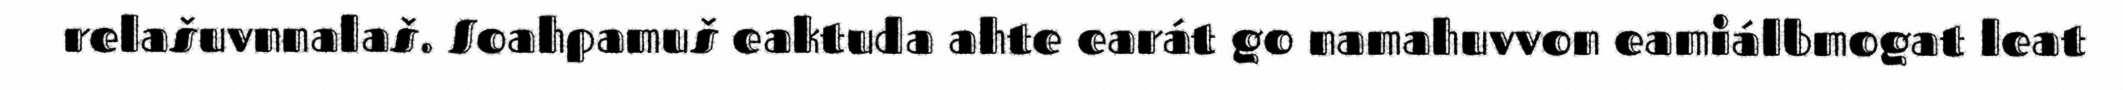
relašuvnnalaš. Soahpamuš eaktuda ahte earát go namahuvvon eamiálbmogat leat